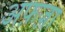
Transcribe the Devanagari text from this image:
अफ़ज़ा